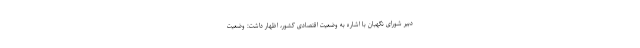
دبیر شورای نگهبان با اشاره به وضعیت اقتصادی کشور، اظهار داشت: وضعیت